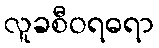
လူခစီဝရဓရာ